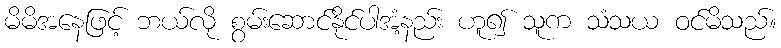
မိမိအနေဖြင့် ဘယ်လို စွမ်းဆောင်နိုင်ပါအံ့နည်း ဟူ၍ သူက သံသယ ဝင်မိသည်။